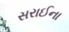
સરાઈના